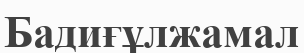
Бадиғұлжамал